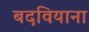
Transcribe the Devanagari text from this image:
बदवियाना